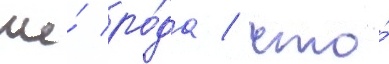
же́ ро́да / что́